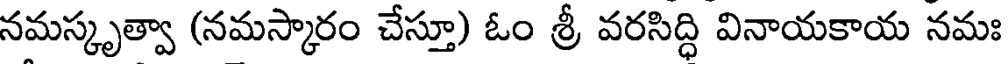
నమస్కృత్వా (నమస్కారం చేస్తూ) ఓం శ్రీ వరసిద్ధి వినాయకాయ నమః